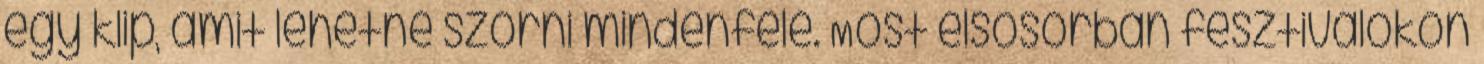
egy klip, amit lehetne szórni mindenfelé. Most elsősorban fesztiválokon